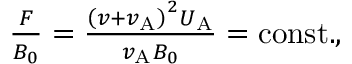
\begin{array} { r } { \frac { F } { B _ { 0 } } = \frac { \left( v + v _ { \mathrm { A } } \right) ^ { 2 } U _ { \mathrm { A } } } { v _ { \mathrm { A } } B _ { 0 } } = \mathrm { c o n s t . } , } \end{array}